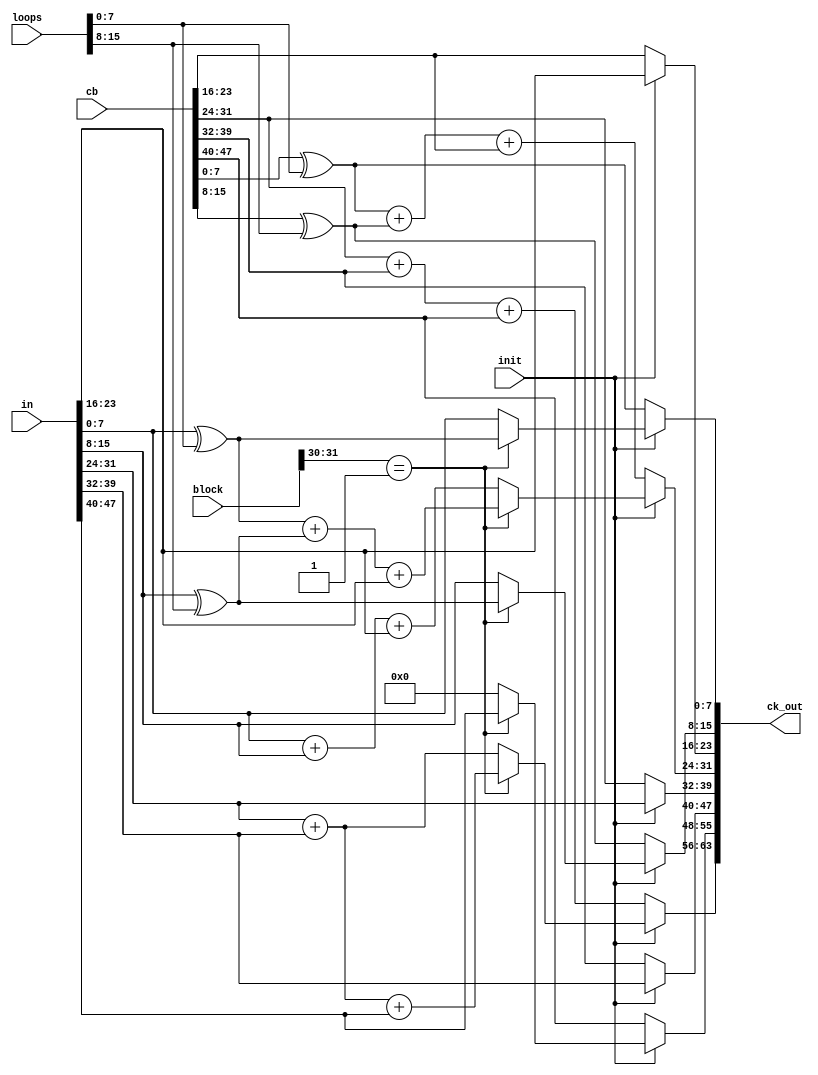
`timescale 1 ns / 1 ps

module ck_processer #(
		parameter integer AXI_DATA_WIDTH = 32,
		parameter integer CSA_CALC_IN_WIDTH = 8 * 8,
		parameter integer CYPHER_DATA_WIDTH = 8 * 8
	)
	(
		input wire init,
		input wire [31 : 0] block,
		input wire [CSA_CALC_IN_WIDTH - 1 : 0] in,
		input wire [CYPHER_DATA_WIDTH - 1 : 0] cb,
		input wire [AXI_DATA_WIDTH - 1 : 0] loops,

		output wire [CYPHER_DATA_WIDTH - 1 : 0] ck_out
	);

	assign ck_out[7:0]  =(init==1)?((block[31:30]==2'b01)?(in[7:0]^((loops))):in[7:0]):((cb[7:0])^((loops)));
	assign ck_out[15:8] =(init==1)?((block[31:30]==2'b01)?(in[15:8]^((loops)>>8)):in[15:8]):((cb[15:8])^((loops)>>8));
	assign ck_out[23:16]=(init==1)?(in[23:16]):(cb[23:16]);
	assign ck_out[31:24]=(init==1)?((block[31:30]==2'b01)?((in[7:0]^((loops)))+(in[15:8]^((loops)>>8))+in[23:16]):(in[7:0]+in[15:8]+in[23:16])):(((cb[7:0])^((loops)))+((cb[15:8])^((loops)>>8))+cb[23:16]);
	assign ck_out[39:32]=(init==1)?in[31:24]:cb[31:24];
	assign ck_out[47:40]=(init==1)?in[39:32]:cb[39:32];
	assign ck_out[55:48]=(init==1)?((block[31:30]==2'b01)?in[47:40]:0):cb[47:40];
	assign ck_out[63:56]=(init==1)?((block[31:30]==2'b01)?(in[31:24]+in[39:32]+in[47:40]):(in[31:24]+in[39:32])):(cb[31:24]+cb[39:32]+cb[47:40]);
endmodule